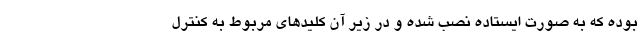
بوده که به صورت ایستاده نصب شده و در زیر آن کلیدهای مربوط به کنترل